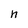
Character: n